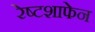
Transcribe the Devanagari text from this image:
रेष्टशाफेन